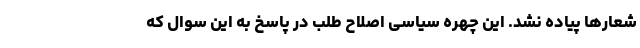
شعارها پیاده نشد. این چهره سیاسی اصلاح طلب در پاسخ به این سوال که